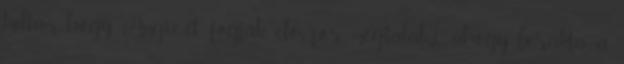
tudtam, hogy Angie-ét fogják először megtalálni, ahogy berakta a